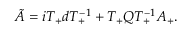
\tilde { A } = i T _ { + } d T _ { + } ^ { - 1 } + T _ { + } Q T _ { + } ^ { - 1 } A _ { + } .